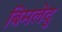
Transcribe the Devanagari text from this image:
बिमलेदु